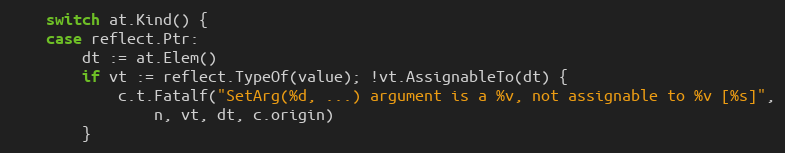
Language: Go
	switch at.Kind() {
	case reflect.Ptr:
		dt := at.Elem()
		if vt := reflect.TypeOf(value); !vt.AssignableTo(dt) {
			c.t.Fatalf("SetArg(%d, ...) argument is a %v, not assignable to %v [%s]",
				n, vt, dt, c.origin)
		}